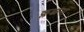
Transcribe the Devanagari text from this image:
क्लब्जना